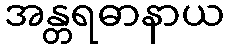
အန္တရဓာနာယ